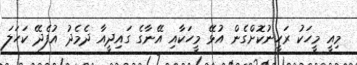
މިއީ މީހަކު ރަހީނުކޮށްގެން އުޅޭ މީހަކާއި އޭނާގެ ގައިދީއާ ދެމެދު އުފެދޭ ކަހަލަ